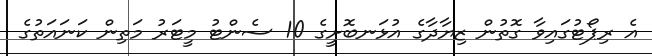
އެ ރިޕޯޓުގައިވާ ގޮތުން ޒިޔާދާގެ އުޅަނބޮށީގެ 10 ސެންޓު މީޓަރު މަތިން ކަނައަތުގެ